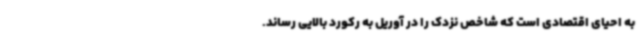
به احیای اقتصادی است که شاخص نزدک را در آوریل به رکورد بالایی رساند.